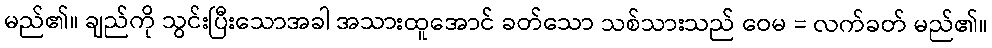
မည်၏။ ချည်ကို သွင်းပြီးသောအခါ အသားထူအောင် ခတ်သော သစ်သားသည် ဝေမ = လက်ခတ် မည်၏။